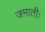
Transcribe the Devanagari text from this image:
जमातीः